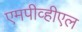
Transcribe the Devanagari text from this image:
एमपीव्हीएल